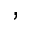
,